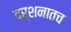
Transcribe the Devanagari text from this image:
दर्शनातच